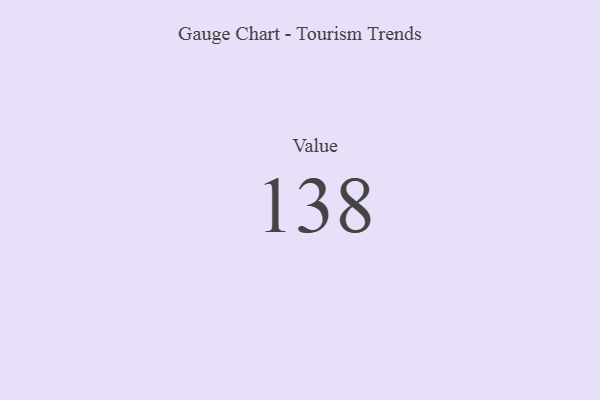
{"axis": {"x": "Metric", "y": "Value"}, "legend": [""], "data": [{"x": "Value", "y": 138, "type": ""}]}